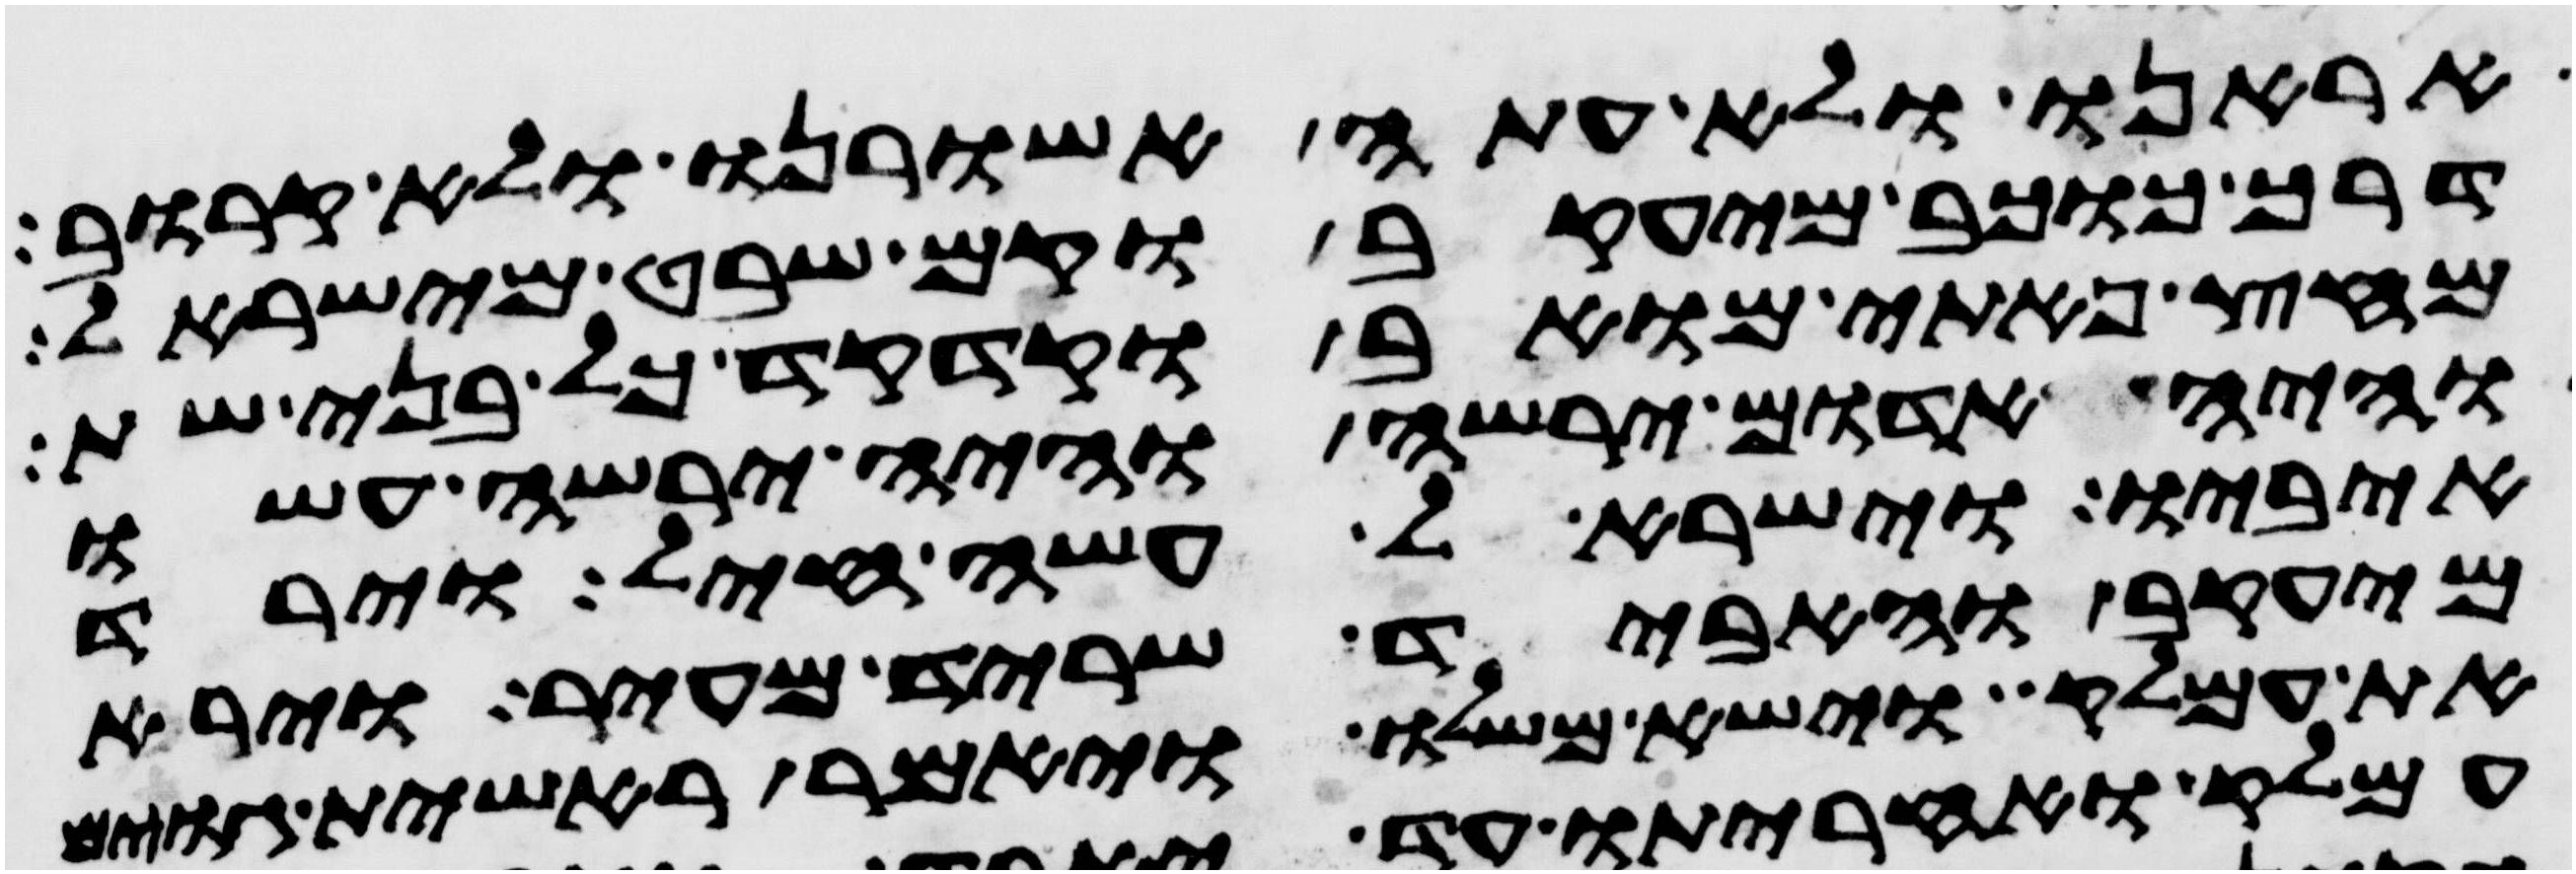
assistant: אראנו ולא עתה אשורנו ולא קרוב
דרך כוכב מיעקב וקם שבט מישראל
מחץ פתי מואב וקדקד כל בני שת
והיה אדום ירשה והיה ירשה עשו
איביו וישראל עשה חיל וירד
מיעקב והאביד שריד מעיר וירא
את עמלק וישא משלו ויאמר ראשית גוים